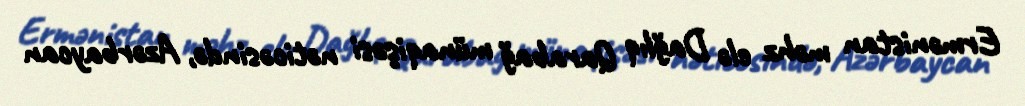
Ermənistan məhz elə Dağlıq Qarabağ münaqişəsi nəticəsində, Azərbaycan